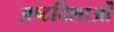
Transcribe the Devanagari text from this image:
अष्टदिशाओं